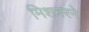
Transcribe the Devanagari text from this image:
मिशनरने